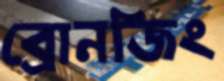
ব্রোনজিং